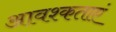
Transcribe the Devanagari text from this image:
आवश्कताएं